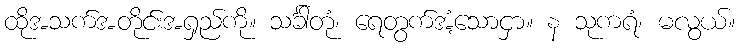
ထိုအသက်အတိုင်းအရှည်ကို။ သင်္ခါတုံ၊ ရေတွက်အံ့သောငှာ။ န သုကရံ၊ မလွယ်။